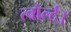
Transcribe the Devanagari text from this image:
त्वोर्ल्द।